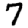
Digit: 7